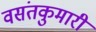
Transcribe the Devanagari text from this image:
वसंतकुमारी